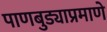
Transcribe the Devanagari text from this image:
पाणबुड्याप्रमाणे